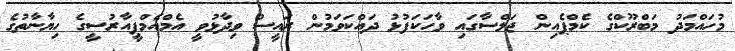
މުހައްމަދު މަބްރޫކްގެ ކެމްޕެއިން ޖަލްސާގައި ވާހަކަފުޅު ދައްކަވަމުން ރައީސް ވިދާޅުވީ އެމްއެމްޕީއާރުސީގެ ހިޔާނާތުގެ